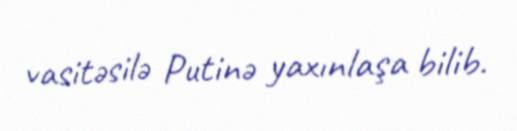
vasitəsilə Putinə yaxınlaşa bilib.